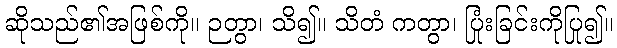
ဆိုသည်၏အဖြစ်ကို။ ဉတွာ၊ သိ၍။ သိတံ ကတွာ၊ ပြုံးခြင်းကိုပြု၍။